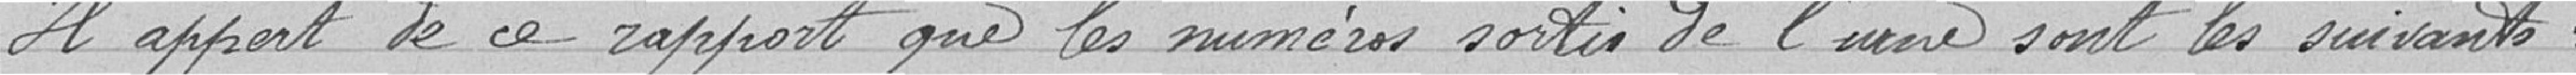
Il appert de ce rapport que les numéros sortis de l'urne sont les suivants :